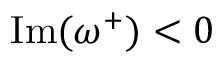
\operatorname { I m } ( \omega ^ { + } ) < 0